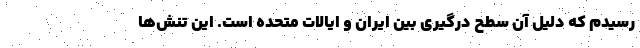
رسیدم که دلیل آن سطح درگیری بین ایران و ایالات متحده است. این تنش‌ها